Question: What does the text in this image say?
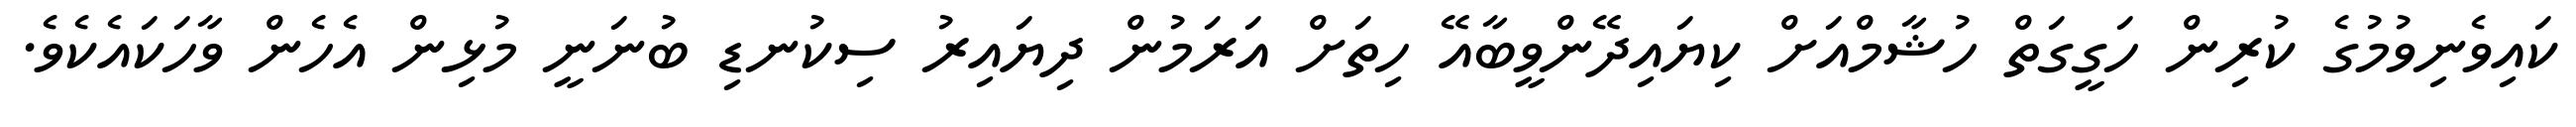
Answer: ކައިވެނިވުމުގެ ކުރިން ހަގީގަތް ހުޝާމްއަށް ކިޔައިދޭންވީބާއޭ ހިތަށް އަރަމުން ދިޔައިރު ސިކުނޑި ބުނަނީ މުޅިން އެހެން ވާހަކައެކެވެ.